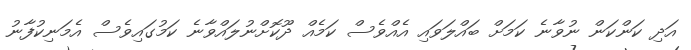
އަދި ކަންކަން ނުވާނެ ކަމަށް ބައްލަވައި އެއްވެސް ކަމެއް ދޫކޮށްނުލައްވާނެ ކަމުގައިވެސް އެމަނިކުފާނު